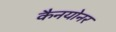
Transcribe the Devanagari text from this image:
कैनयोनर